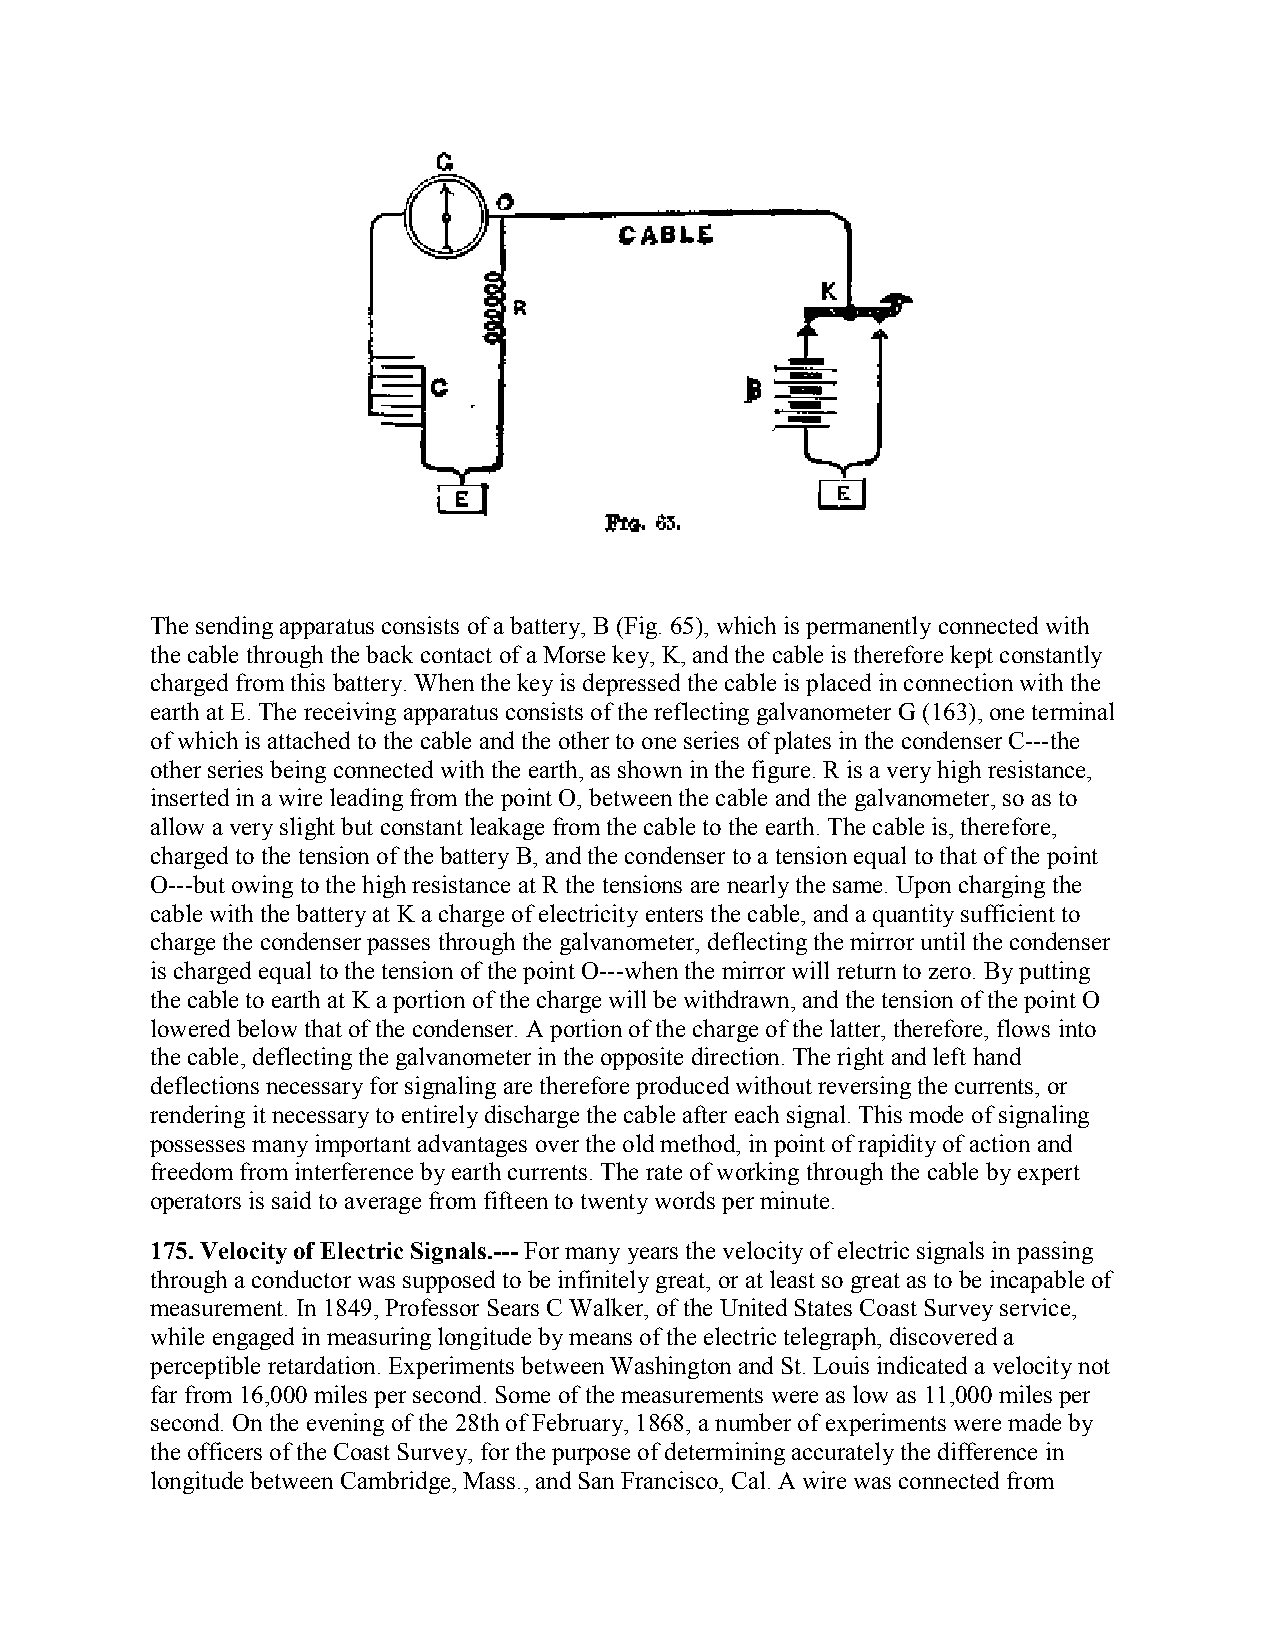
The sending apparatus consists of a battery, B (Fig. 65), which is permanently connected with
 the cable through the back contact of a Morse key, K, and the cable is therefore kept constantly
 charged from this battery. When the key is depressed the cable is placed in connection with the
 earth at E. The receiving apparatus consists of the reflecting galvanometer G (163), one terminal
 of which is attached to the cable and the other to one series of plates in the condenser C---the
 other series being connected with the earth, as shown in the figure. R is a very high resistance,
 inserted in a wire leading from the point O, between the cable and the galvanometer, so as to
 allow a very slight but constant leakage from the cable to the earth. The cable is, therefore,
 charged to the tension of the battery B, and the condenser to a tension equal to that of the point
 O---but owing to the high resistance at R the tensions are nearly the same. Upon charging the
 cable with the battery at K a charge of electricity enters the cable, and a quantity sufficient to
 charge the condenser passes through the galvanometer, deflecting the mirror until the condenser
 is charged equal to the tension of the point O---when the mirror will return to zero. By putting
 the cable to earth at K a portion of the charge will be withdrawn, and the tension of the point O
 lowered below that of the condenser. A portion of the charge of the latter, therefore, flows into
 the cable, deflecting the galvanometer in the opposite direction. The right and left hand
 deflections necessary for signaling are therefore produced without reversing the currents, or
 rendering it necessary to entirely discharge the cable after each signal. This mode of signaling
 possesses many important advantages over the old method, in point of rapidity of action and
 freedom from interference by earth currents. The rate of working through the cable by expert
 operators is said to average from fifteen to twenty words per minute.
 175. Velocity of Electric Signals.--- For many years the velocity of electric signals in passing
 through a conductor was supposed to be infinitely great, or at least so great as to be incapable of
 measurement. In 1849, Professor Sears C Walker, of the United States Coast Survey service,
 while engaged in measuring longitude by means of the electric telegraph, discovered a
 perceptible retardation. Experiments between Washington and St. Louis indicated a velocity not
 far from 16,000 miles per second. Some of the measurements were as low as 11,000 miles per
 second. On the evening of the 28th of February, 1868, a number of experiments were made by
 the officers of the Coast Survey, for the purpose of determining accurately the difference in
 longitude between Cambridge, Mass., and San Francisco, Cal. A wire was connected from